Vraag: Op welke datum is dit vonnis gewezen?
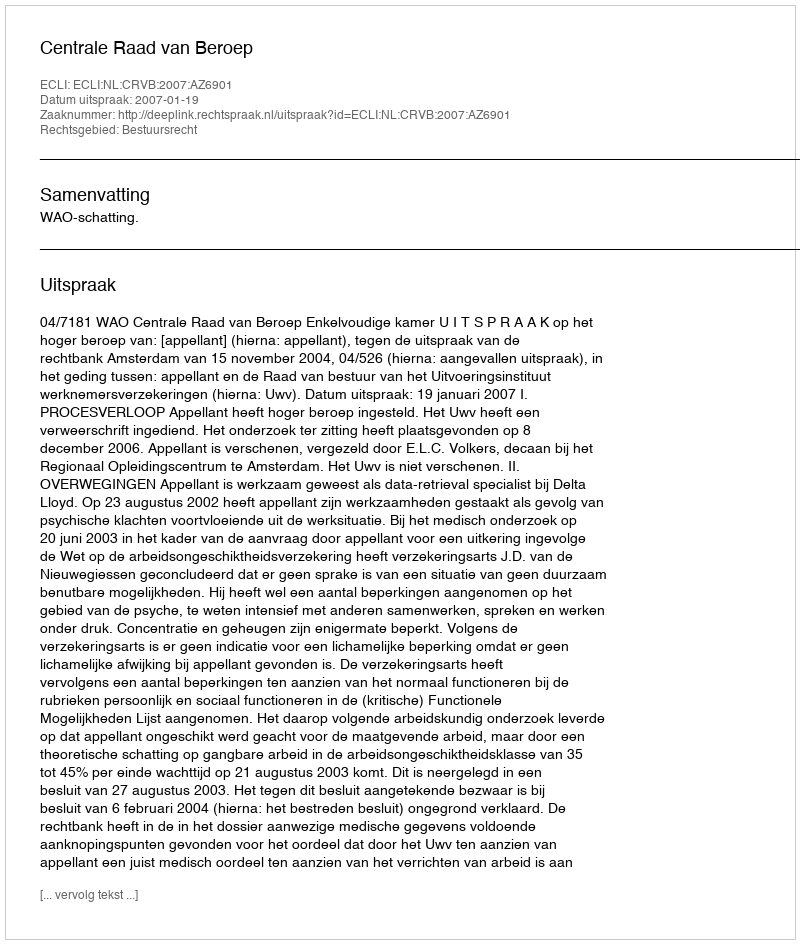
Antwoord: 2007-01-19